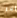
إذا